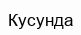
Кусунда